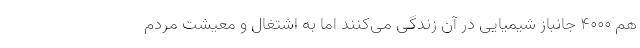
هم ۴۰۰۰ جانباز شیمیایی در آن زندگی می‌کنند اما به اشتغال و معیشت مردم